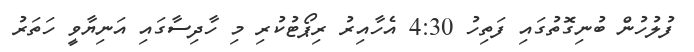
ފުލުހުން ބުނިގޮތުގައި ފަތިހު 4:30 އެހާއިރު ރިޕޯޓުކުރި މި ހާދިސާގައި އަނިޔާވީ ހަތަރު